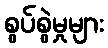
စွပ်စွဲမှုများ